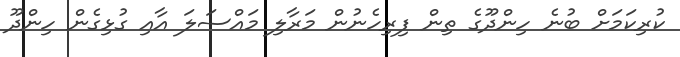
ކުރިކަމަށް ބުނެ ހިންދޫގެ ތިން ފިރިހެނުން މަރާލި މައްސަލަ އާއި ގުޅިގެން ހިންދޫ